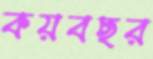
কয়বছর